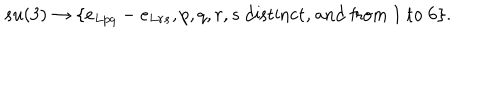
LaTeX: s u ( 3 ) \rightarrow \{ e _ { L p q } - e _ { L r s } , p , q , r , s \mathrm { ~ d i s t i n c t , ~ a n d ~ f r o m ~ } 1 \mathrm { ~ t o ~ } 6 \} .